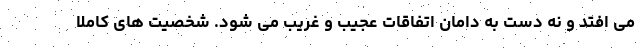
می افتد و نه دست به دامان اتفاقات عجیب و غریب می شود. شخصیت های کاملا